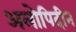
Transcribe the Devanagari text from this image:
अलोपिदीन